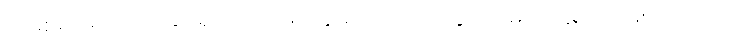
ရာမို့စ်ရဲဲ့အကောင်းဆုံးရှင်းထုတ်မှုတွေကြောင့်သာ သွင်းဂိုးမပေးခဲ့ရတာဖြစ်ပါတယ်။